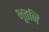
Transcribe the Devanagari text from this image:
भूतनि